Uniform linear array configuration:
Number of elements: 64
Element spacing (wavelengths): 0.25
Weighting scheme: hamming
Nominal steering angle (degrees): -30
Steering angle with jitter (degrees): -31.654
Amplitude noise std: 0.05
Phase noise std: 0.05

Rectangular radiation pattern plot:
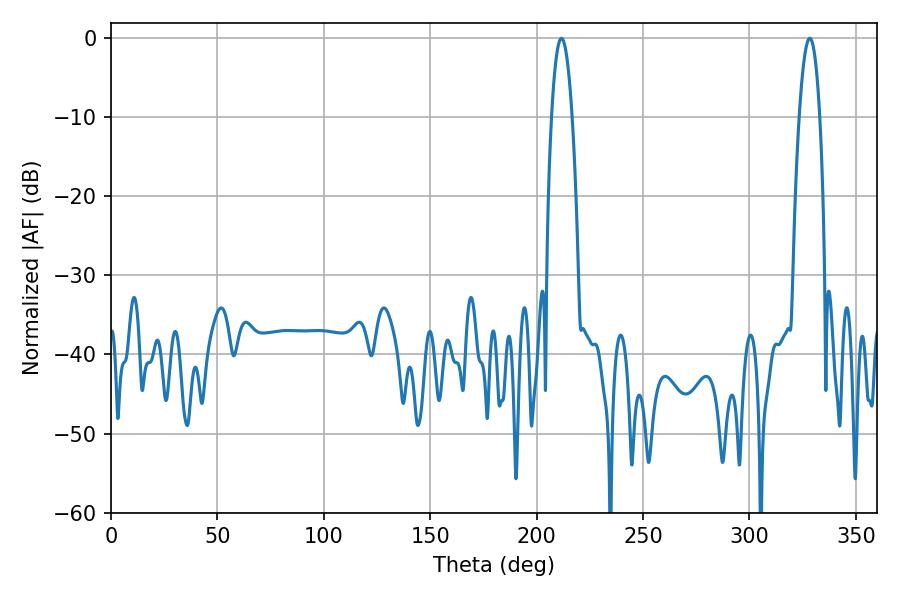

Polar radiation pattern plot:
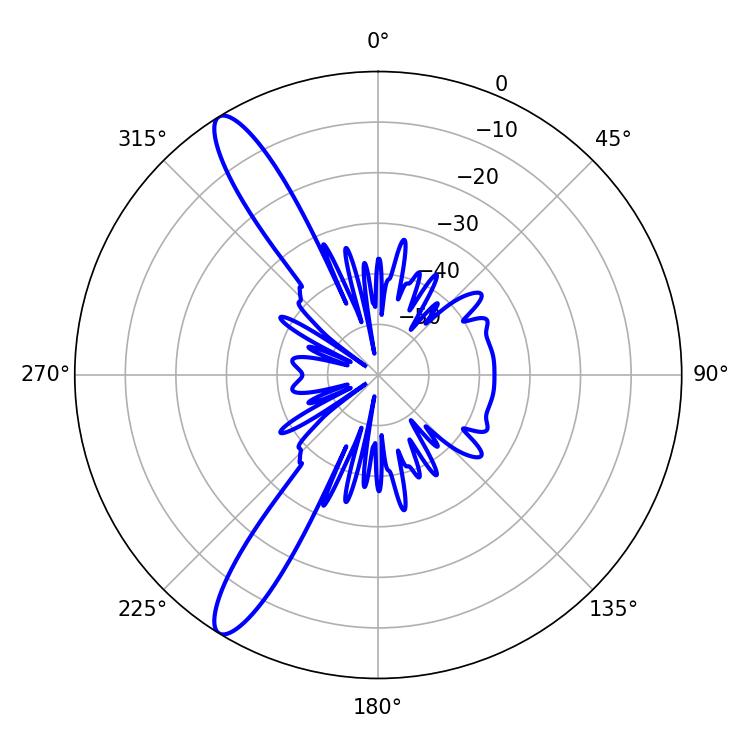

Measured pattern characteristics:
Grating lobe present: FALSE
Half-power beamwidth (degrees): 5.4
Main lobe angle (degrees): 328.32